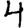
Digit: 4